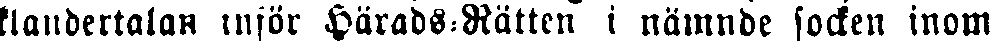
klandertalan inför Härads-Rätten i nämnde socken inom